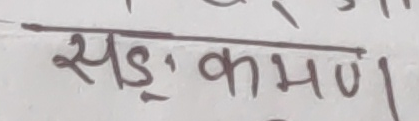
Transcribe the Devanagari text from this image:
सङ्क्रमण।